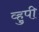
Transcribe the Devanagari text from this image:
व्हुपी